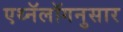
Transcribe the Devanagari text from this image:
एथ्नॅलॉगनुसार